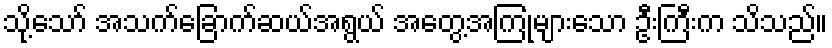
သို့သော် အသက်ခြောက်ဆယ်အရွယ် အတွေ့အကြုံများသော ဦးကြီးက သိသည်။